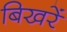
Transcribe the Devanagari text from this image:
बिखरें